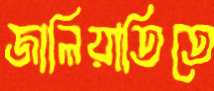
জালিয়াতিতে